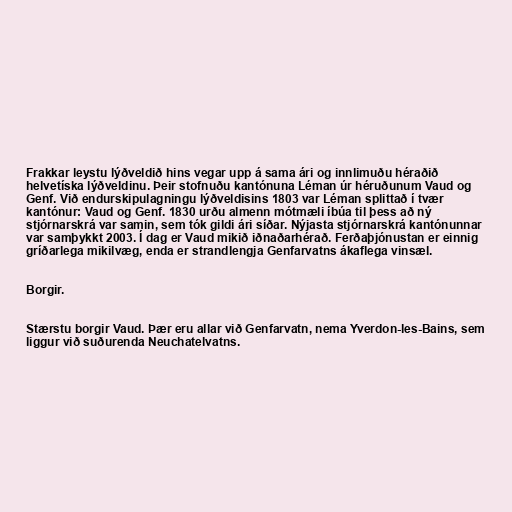
Frakkar leystu lýðveldið hins vegar upp á sama ári og innlimuðu héraðið
helvetíska lýðveldinu. Þeir stofnuðu kantónuna Léman úr héruðunum Vaud og
Genf. Við endurskipulagningu lýðveldisins 1803 var Léman splittað í tvær
kantónur: Vaud og Genf. 1830 urðu almenn mótmæli íbúa til þess að ný
stjórnarskrá var samin, sem tók gildi ári síðar. Nýjasta stjórnarskrá kantónunnar
var samþykkt 2003. Í dag er Vaud mikið iðnaðarhérað. Ferðaþjónustan er einnig
gríðarlega mikilvæg, enda er strandlengja Genfarvatns ákaflega vinsæl.

Borgir.

Stærstu borgir Vaud. Þær eru allar við Genfarvatn, nema Yverdon-les-Bains, sem
liggur við suðurenda Neuchatelvatns.